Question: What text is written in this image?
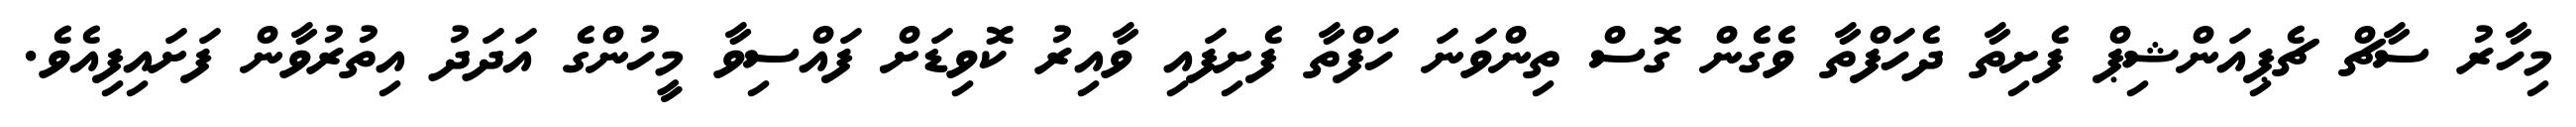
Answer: މިހާރު ސާޗް ޗެޕިއަންޝިޕް ފެށިތާ ދެހަފްތާ ވެގެން ގޮސް ތިންވަނަ ހަފްތާ ފެށިފައި ވާއިރު ކޮވިޑަށް ފައްސިވާ މީހުންގެ އަދަދު އިތުރުވާން ފަށައިފިއެވެ.